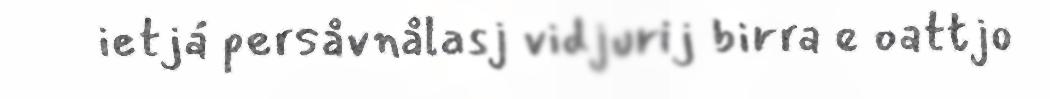
ietjá persåvnålasj vidjurij birra e oattjo